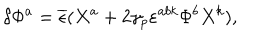
\delta \Phi ^ { a } = \overline { { \epsilon } } ( X ^ { a } + 2 \gamma _ { p } \varepsilon ^ { a b k } \Phi ^ { b } X ^ { k } ) ,